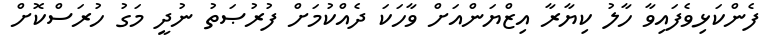
ފެންކަޅިވެފައިވާ ހާލު ކިޔާރާ އިޒްޔަންއަށް ވާހަކަ ދެއްކުމަށް ފުރުޞަތު ނުދީ މަގު ހުރަސްކޮށް